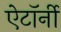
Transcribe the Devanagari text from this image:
ऐटॉर्नी